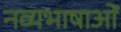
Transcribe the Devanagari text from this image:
नव्यभाषाओं